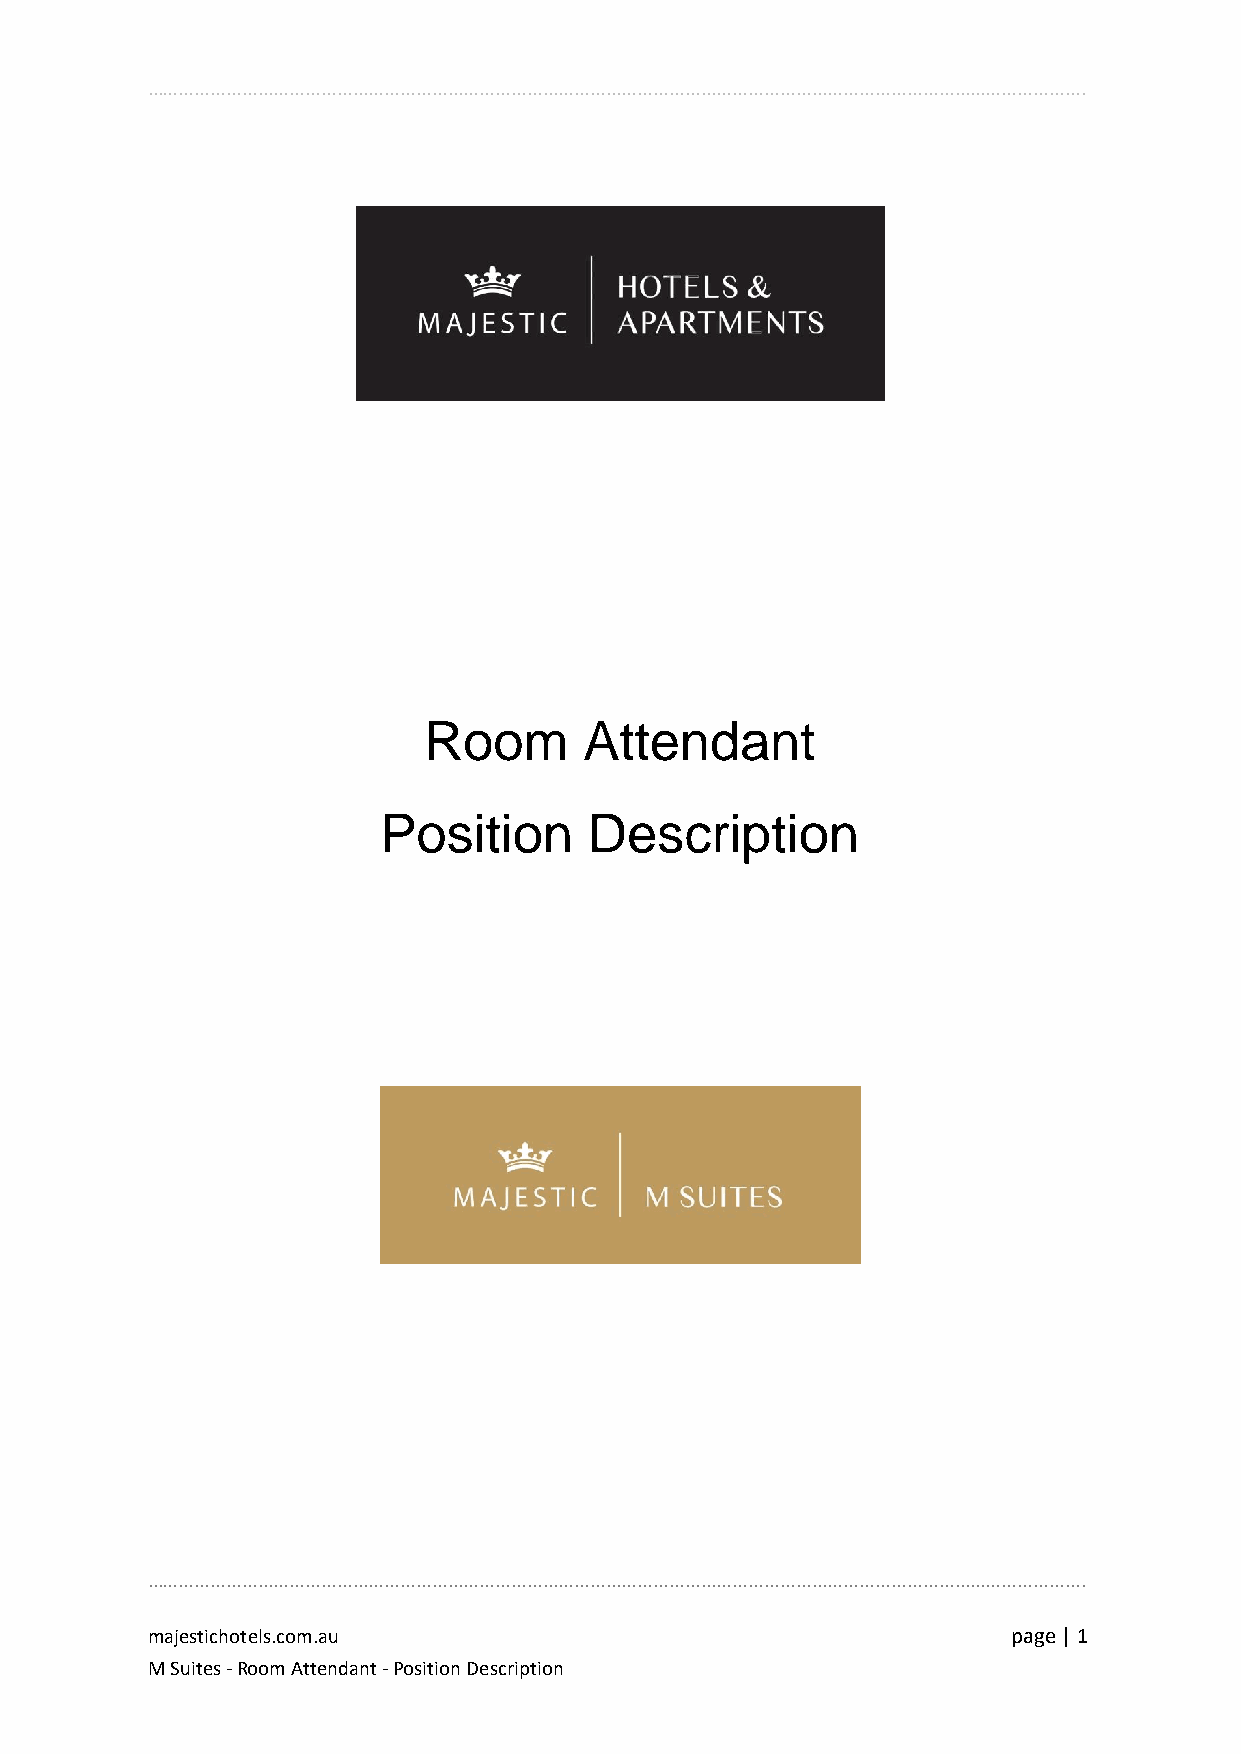
…………………………………………………………………………………………………………………………………………………………….
 Room       Attendant
 Position      Description
 …………………………………………………………………………………………………………………………………………………………….
 majestichotels.com.au                                    page | 1
 M Suites - Room Attendant - Position Description